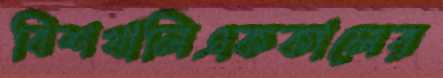
বিশখালিএককালের